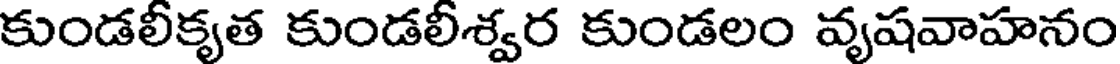
కుండలీకృత కుండలీశ్వర కుండలం వృషవాహనం